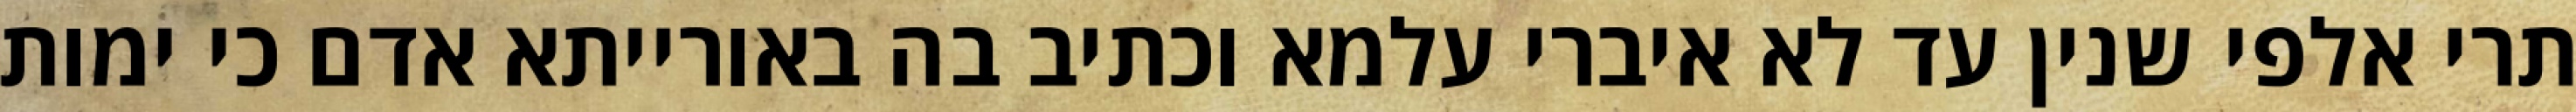
תרי אלפי שנין עד לא איברי עלמא וכתיב בה באורייתא אדם כי ימות